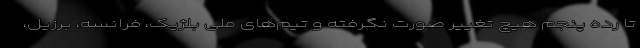
تا رده پنجم هیچ تغییر صورت نگرفته و تیم‌های ملی بلژیک، فرانسه، برزیل،